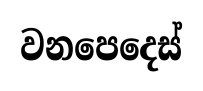
වනපෙදෙස්